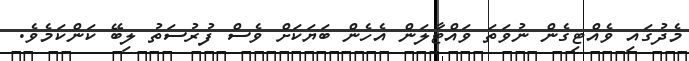
މެދުގައި ވެއްޓިގެން ނުވަތަ ވައްޓާލަން އެހެން ބަޔަކަށް ވެސް ފުރުސަތު ލިބޭ ކަންކަމެވެ.